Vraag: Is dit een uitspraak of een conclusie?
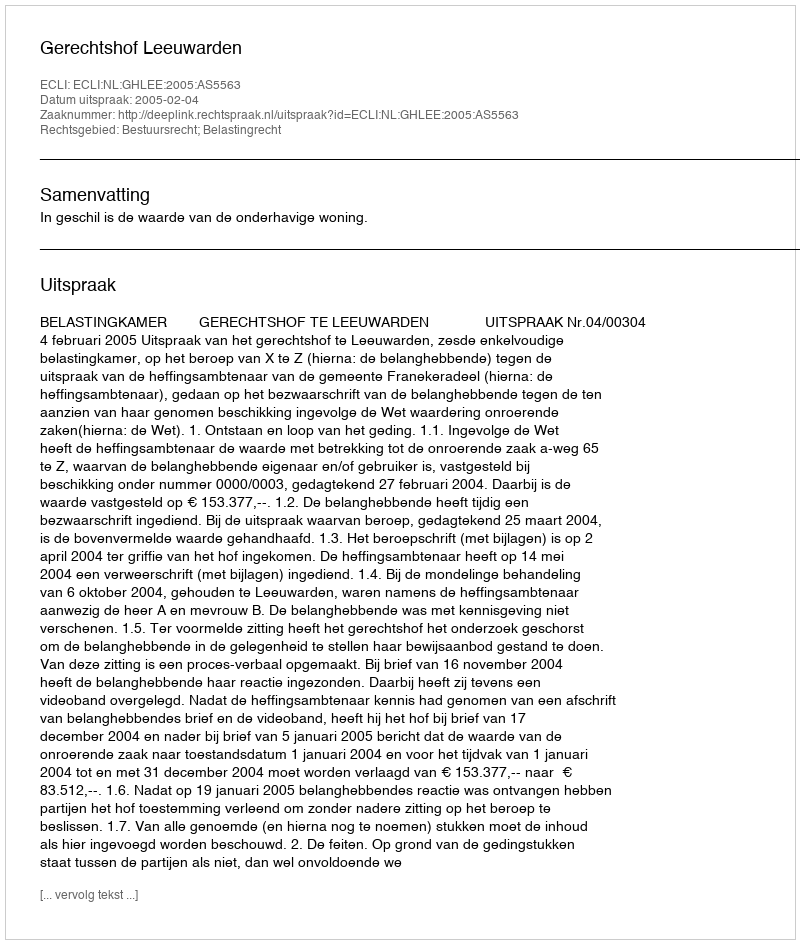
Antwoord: Uitspraak